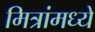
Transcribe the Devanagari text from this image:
मित्रांमध्ये